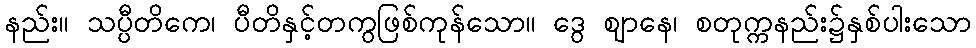
နည်း။ သပ္ပီတိကေ၊ ပီတိနှင့်တကွဖြစ်ကုန်သော။ ဒွေ ဈာနေ၊ စတုက္ကနည်း၌နှစ်ပါးသော